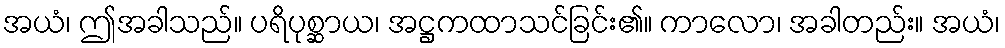
အယံ၊ ဤအခါသည်။ ပရိပုစ္ဆာယ၊ အဋ္ဌကထာသင်ခြင်း၏။ ကာလော၊ အခါတည်း။ အယံ၊